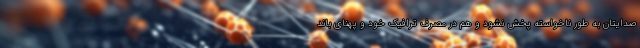
صدایتان به طور ناخواسته پخش نشود و هم در مصرف ترافیک خود و پهنای باند